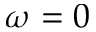
\omega = 0